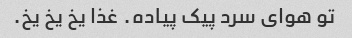
تو هوای سرد پیک پیاده. غذا یخ یخ یخ.